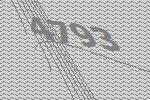
4793